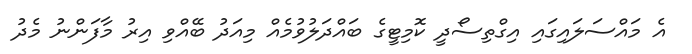
އެ މައްސަލައިގައި އިގްތިސޯދީ ކޮމިޓީގެ ބައްދަލުވުމެއް މިއަދު ބޭއްވި އިރު މާފަންނު މެދު